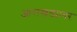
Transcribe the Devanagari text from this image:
आराखड्यावर